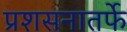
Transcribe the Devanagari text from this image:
प्रशसनातर्फे